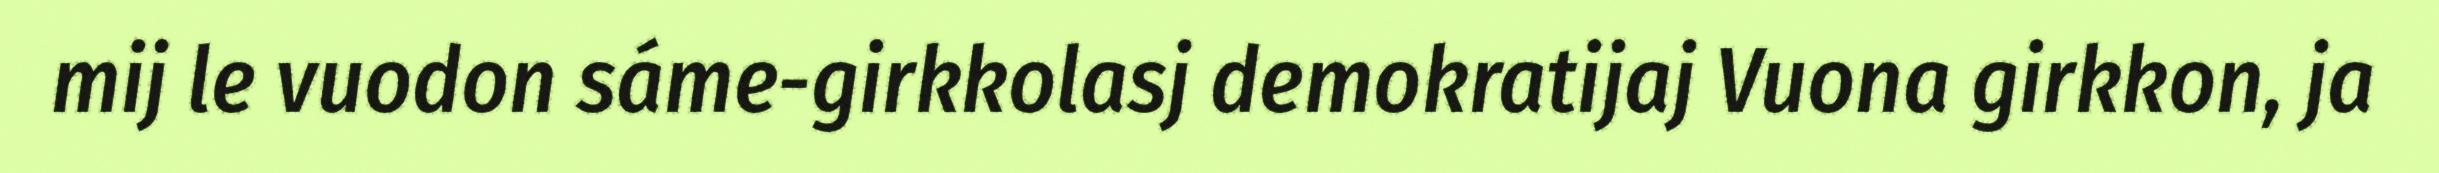
mij le vuodon sáme-girkkolasj demokratijaj Vuona girkkon, ja